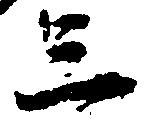
三